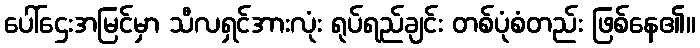
ပေါ်ဌေးအမြင်မှာ သီလရှင်အားလုံး ရုပ်ရည်ချင်း တစ်ပုံစံတည်း ဖြစ်နေ၏။